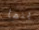
بنما